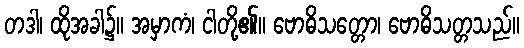
တဒါ၊ ထိုအခါ၌။ အမှာကံ၊ ငါတို့၏။ ဗောဓိသတ္တော၊ ဗောဓိသတ္တသည်။